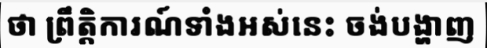
ថា ព្រឹត្តិការណ៍ទាំងអស់នេះ ចង់បង្ហាញ